Civil Veterinary Department. Central Provinces & Berar 1932-41 - 1932-1941
Year: 1932
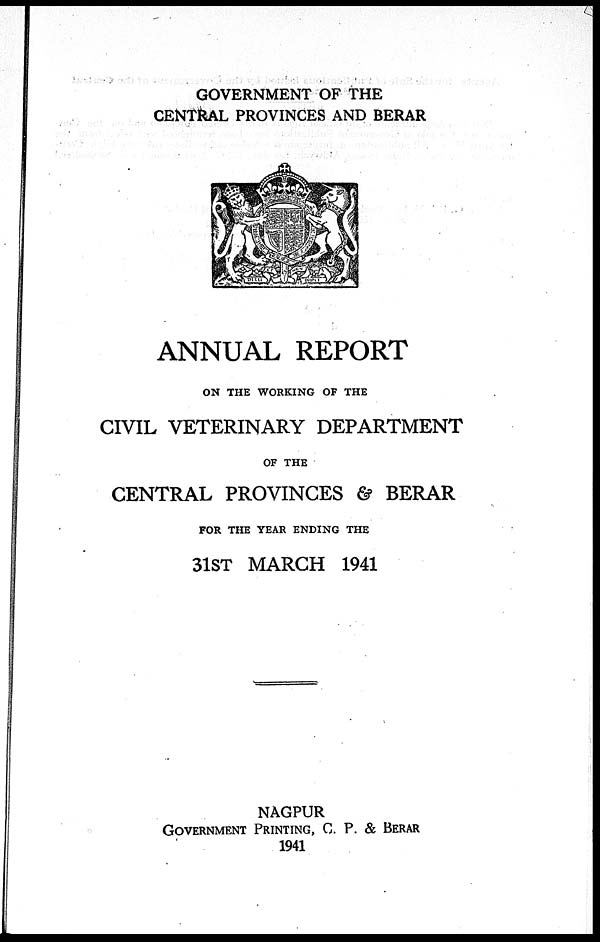
GOVERNMENT OF THE
CENTRAL PROVINCES AND BERAR
ANNUAL REPORT
ON THE WORKING OF THE
CIVIL VETERINARY DEPARTMENT
OF THE
CENTRAL PROVINCES & BERAR
FOR THE YEAR ENDING THE
31ST MARCH 1941
NAGPUR
GOVERNMENT PRINTING, C. P. & BERAR
1941